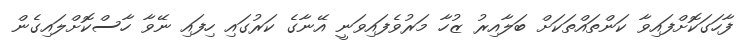
ފާހަގަކޮށްފައިވާ ކަންތައްތަކަށް ބަލާއިރު ޒުހާ މަރުވެފައިވަނީ އޭނާގެ ކަރުގައި ހިފައި ނޭވާ ހާސްކޮށްލައިގެން